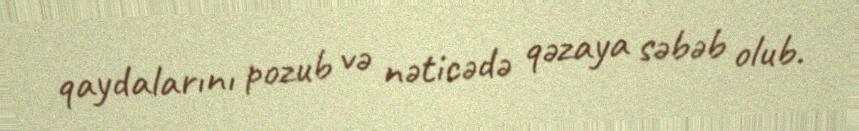
qaydalarını pozub və nəticədə qəzaya səbəb olub.